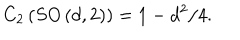
C _ { 2 } \left( S O \left( d , 2 \right) \right) = 1 - d ^ { 2 } / 4 .